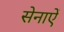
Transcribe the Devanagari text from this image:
सेनाऐं